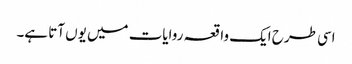
اسی طرح ایک واقعہ روایات میں یوں آتا ہے۔